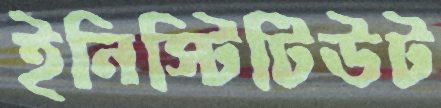
ইনিস্টিটিউট